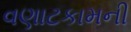
વણાટકામની